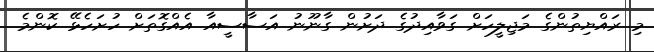
މި ރައްޔިތުންގެ މަޖިލީހަށް ގަވާއިދުގެ ދަށުން ގާނޫނު އަސާސީއާ އެއްގޮތަށް ހުށަހެޅޭ ކޮންމެ